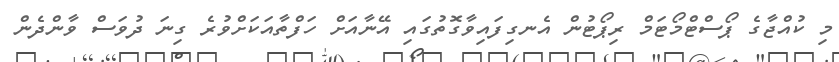
މި ކުއްޖާގެ ޕޯސްޓްމޯޓަމް ރިޕޯޓުން އެނގިފައިވާގޮތުގައި އޭނާއަށް ހަފްތާއަކަށްވުރެ ގިނަ ދުވަސް ވާންދެން